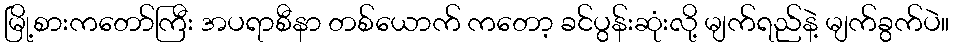
မြို့စားကတော်ကြီး အပရာစီနာ တစ်ယောက် ကတော့ ခင်ပွန်းဆုံးလို့ မျက်ရည်နဲ့ မျက်ခွက်ပဲ။